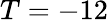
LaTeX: T=-12